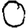
Digit: 0